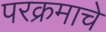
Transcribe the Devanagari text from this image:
परक्रमाचे